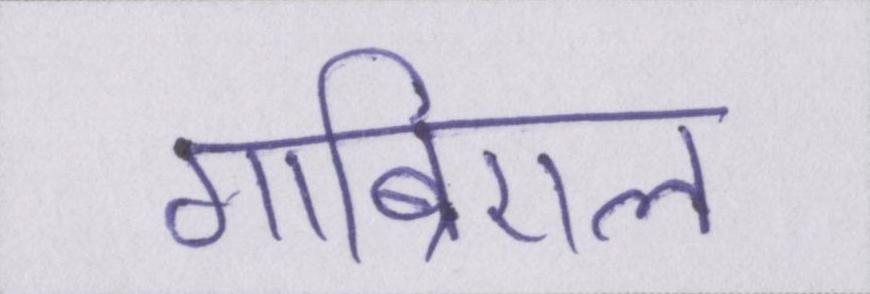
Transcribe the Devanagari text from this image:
गाब्रिएल